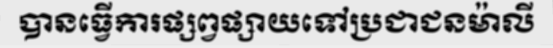
បានធ្វើការផ្សព្វផ្សាយទៅប្រជាជនម៉ាលី